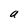
Character: a